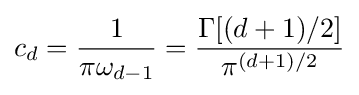
c_{d}={\frac {1}{\pi \omega _{d-1}}}={\frac {\Gamma [(d+1)/2]}{\pi ^{(d+1)/2}}}